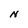
Character: N